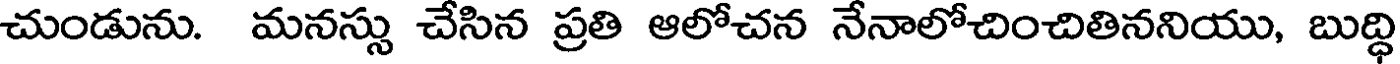
చుండును. మనస్సు చేసిన ప్రతి ఆలోచన నేనాలోచించితిననియు, బుద్ధి